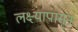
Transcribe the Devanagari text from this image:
लक्ष्यापासून